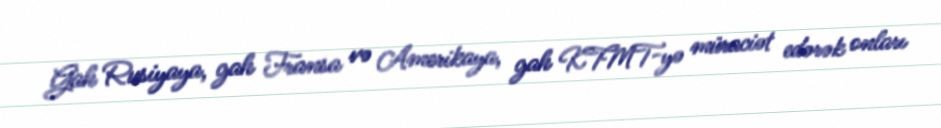
Gah Rusiyaya, gah Fransa və Amerikaya, gah KTMT-yə müraciət edərək onları